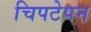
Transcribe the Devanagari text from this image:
चिपटेपन